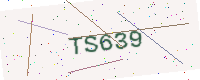
Text: TS639